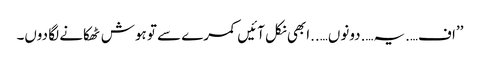
’’اف….یہ….دونوں…..ابھی نکل آئیں کمرے سے تو ہوش ٹھکانے لگا دوں۔